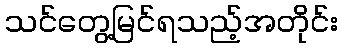
သင်တွေ့မြင်ရသည့်အတိုင်း